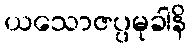
ယသောဇပ္ပမုခါနိ